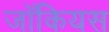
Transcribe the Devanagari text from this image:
जॉकियस